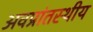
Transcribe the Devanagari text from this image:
अवप्रांतस्थीय